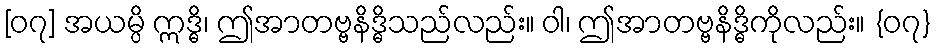
[၀၇] အယမ္ပိ ဣဒ္ဓိ၊ ဤအာတဗ္ဗနိဒ္ဓိသည်လည်း။ ဝါ၊ ဤအာတဗ္ဗနိဒ္ဓိကိုလည်း။ {၀၇}